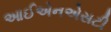
આઈએનએસટી